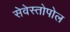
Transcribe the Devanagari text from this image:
सेवेस्तोपोल